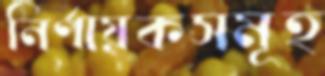
নির্ণায়কসমূহ